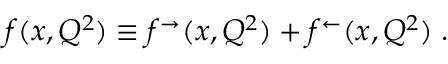
f ( x , Q ^ { 2 } ) \equiv f ^ { \rightarrow } ( x , Q ^ { 2 } ) + f ^ { \leftarrow } ( x , Q ^ { 2 } ) \; .